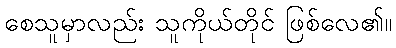
စေသူမှာလည်း သူကိုယ်တိုင် ဖြစ်လေ၏။